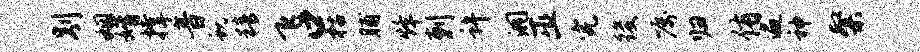
别姻婿撑音蜕精飞口枯脯烽剌许洞巫完後嘱归侑遍神粲